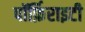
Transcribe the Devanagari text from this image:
पॉर्फ़िराइटी